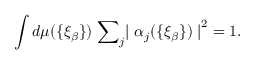
\int d \mu ( \{ { \xi } _ { \beta } \} ) \; { \sum } _ { j } { \mid { \alpha } _ { j } ( \{ { \xi } _ { \beta } \} ) \mid } ^ { 2 } = 1 .